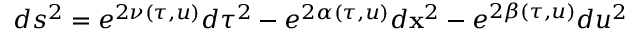
d s ^ { 2 } = e ^ { 2 \nu ( \tau , u ) } d \tau ^ { 2 } - e ^ { 2 \alpha ( \tau , u ) } d { \bf x } ^ { 2 } - e ^ { 2 \beta ( \tau , u ) } d u ^ { 2 }